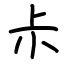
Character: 尗